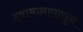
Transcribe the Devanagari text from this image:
हवामानापासुन